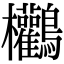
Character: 𪈻